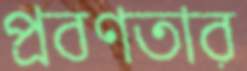
প্রবণতার